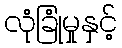
လုံခြုံမှုနှင့်